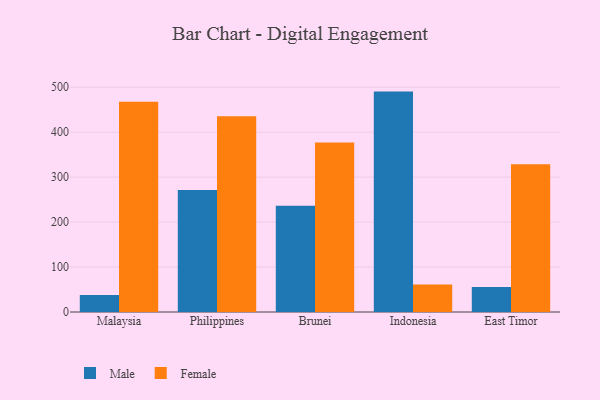
{"axis": {"x": "Country", "y": "Energy Usage (MWh)"}, "legend": ["Female", "Male"], "data": [{"x": "Malaysia", "y": 38.0, "type": "Male"}, {"x": "Malaysia", "y": 467.9, "type": "Female"}, {"x": "Philippines", "y": 271.6, "type": "Male"}, {"x": "Philippines", "y": 435.4, "type": "Female"}, {"x": "Brunei", "y": 236.2, "type": "Male"}, {"x": "Brunei", "y": 377.4, "type": "Female"}, {"x": "Indonesia", "y": 490.4, "type": "Male"}, {"x": "Indonesia", "y": 61.4, "type": "Female"}, {"x": "East Timor", "y": 55.5, "type": "Male"}, {"x": "East Timor", "y": 328.8, "type": "Female"}]}